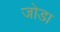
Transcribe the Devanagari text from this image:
जाेडा